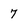
Character: 7